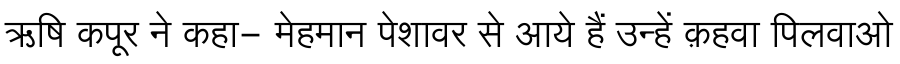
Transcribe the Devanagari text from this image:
ऋषि कपूर ने कहा- मेहमान पेशावर से आये हैं उन्हें क़हवा पिलवाओ